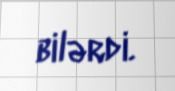
bilərdi.